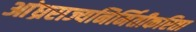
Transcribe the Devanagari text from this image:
आंध्रराज्यनिर्मितीकरिता